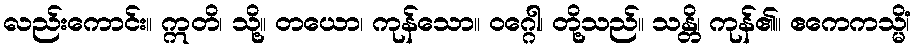
လည်းကောင်း။ ဣတိ၊ သို့။ တယော၊ ကုန်သော။ ဝဂ္ဂေါ၊ တို့သည်။ သန္တိ၊ ကုန်၏။ ဧကေကသ္မိံ၊